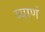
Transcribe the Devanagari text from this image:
ब्याणं